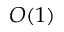
O ( 1 )